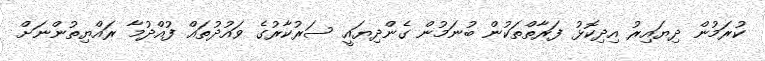
ކުރަމުން ދިޔައިރު އިދިކޮޅު ފަރާތްތަކުން ބުނަމުން ގެންދިޔައީ ސަރުކާރުގެ ވައުދުތައް ފުއްދުމާ ރައްޔިތުންނަށް